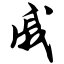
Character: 戚